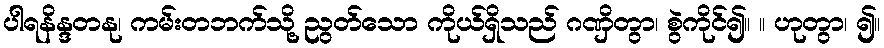
ပါရနိန္ဒတနု၊ ကမ်းတဘက်သို့ ညွတ်သော ကိုယ်ရှိသည် ဂဏှိတွာ၊ စွဲကိုင်၍။ ။ ဟုတွာ၊ ၍။